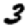
Digit: 3